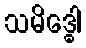
သမိဒ္ဓေါ